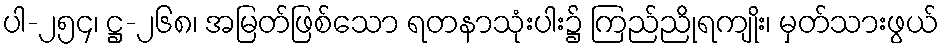
ပါ-၂၅၄၊ ဋ္ဌ-၂၆၈၊ အမြတ်ဖြစ်သော ရတနာသုံးပါး၌ ကြည်ညိုရကျိုး၊ မှတ်သားဖွယ်